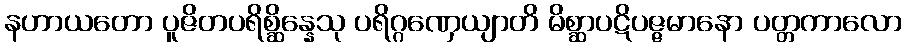
နဟာယတော ပူဇိတပရိစ္ဆိန္နေသု ပရိဂ္ဂဏှေယျာတိ မိစ္ဆာပဋိပဇ္ဇမာနော ပတ္တကာလော